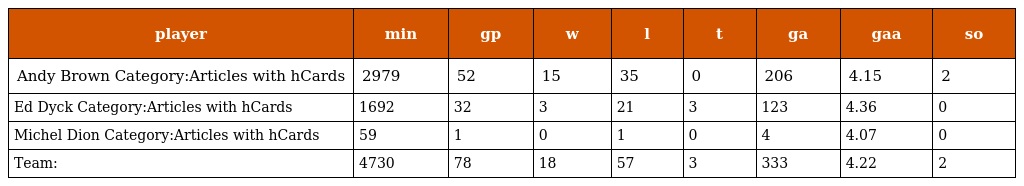
| player | min | gp | w | l | t | ga | gaa | so |
 | --- | --- | --- | --- | --- | --- | --- | --- | --- |
 | Andy Brown Category:Articles with hCards | 2979 | 52 | 15 | 35 | 0 | 206 | 4.15 | 2 |
 | Ed Dyck Category:Articles with hCards | 1692 | 32 | 3 | 21 | 3 | 123 | 4.36 | 0 |
 | Michel Dion Category:Articles with hCards | 59 | 1 | 0 | 1 | 0 | 4 | 4.07 | 0 |
 | Team: | 4730 | 78 | 18 | 57 | 3 | 333 | 4.22 | 2 |